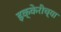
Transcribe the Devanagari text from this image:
इक्केरीच्या